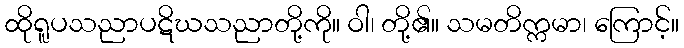
ထိုရူပသညာပဋိဃသညာတို့ကို။ ဝါ၊ တို့၏။ သမတိက္ကမာ၊ ကြောင့်။